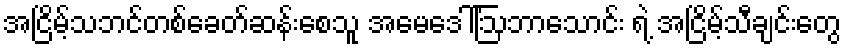
အငြိမ့်သဘင်တစ်ခေတ်ဆန်းစေသူ အမေဒေါ်ဩဘာသောင်း ရဲ့ အငြိမ့်သီချင်းတွေ